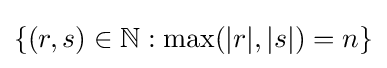
\{(r,s)\in \mathbb {N} :\max(|r|,|s|)=n\}